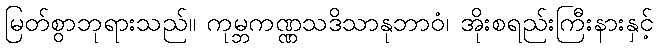
မြတ်စွာဘုရားသည်။ ကုမ္ဘကဏ္ဏသဒိသာနုဘာဝံ၊ အိုးစရည်းကြီးနားနှင့်